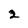
Character: 2